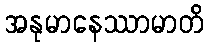
အနုမာနေဿာမာတိ